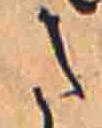
た